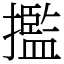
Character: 㩜